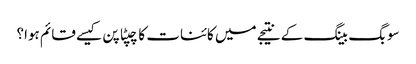
سو بگ بینگ کے نتیجے میں کائنات کا چپٹا پن کیسے قائم ہوا؟